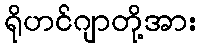
ရိုဟင်ဂျာတို့အား